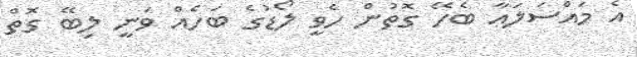
އެ މައްސަލަޢާ ބެހޭ ގޮތުން ހެވީ ލޯޑުގެ ބަހެއް ވަނީ ލިބޭ ގޮތް